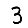
Digit: 3